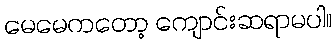
မေမေကတော့ ကျောင်းဆရာမပါ။